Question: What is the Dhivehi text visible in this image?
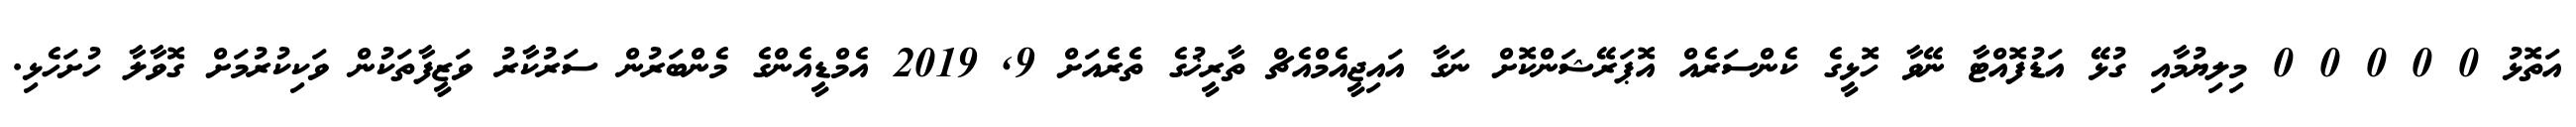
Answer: އަތޮޅު 0 0 0 0 0 މިލިޔުމާއި ގުޅޭ އަޑުފޮއްޓާ ނޭވާ ހޮޅީގެ ކެންސަރެއް އޮޕަރޭޝަންކޮށް ނަގާ އައިޖީއެމްއެޗް ތާރީޚުގެ ތެރެއަށް 9, 2019 އެމްޑީއެންގެ މެންބަރުން ސަރުކާރު ވަޒީފާތަކުން ވަކިކުރުމަށް ގޮވާލާ ހުށަހެޅި.